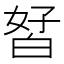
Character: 𰤘